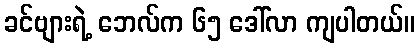
ခင်ဗျားရဲ့ ဘေလ်က ၆၅ ဒေါ်လာ ကျပါတယ်။